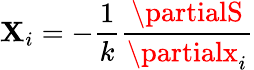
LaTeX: \mathbf{X}_{i}=-{\frac{{1}}{{k}}}{\frac{{\partialS}}{{\partialx_{i}}}}